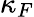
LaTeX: \kappa_{F}